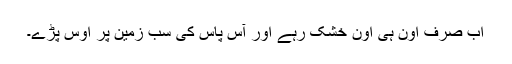
اب صِرف اُون ہی اُون خُشک رہے اور آس پاس کی سب زمِین پر اوس پڑے۔